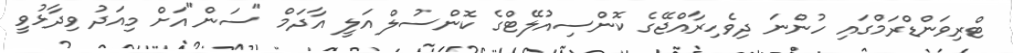
ޓްރިވަންޑްރަމްގައި ހުންނަ ދިވެހިރާއްޖޭގެ ކޮންސިއުލޭޓްގެ ކޮންސުލް އަލީ އާދަމް "ސަން"އަށް މިއަދު ވިދާޅުވީ